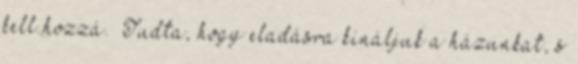
kell hozzá.” Tudta, hogy eladásra kínáljuk a házunkat, s